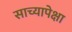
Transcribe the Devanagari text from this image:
साच्यापेक्षा